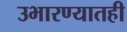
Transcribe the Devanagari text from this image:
उभारण्यातही